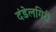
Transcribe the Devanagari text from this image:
दंडेलगिरी